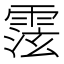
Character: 𩃚